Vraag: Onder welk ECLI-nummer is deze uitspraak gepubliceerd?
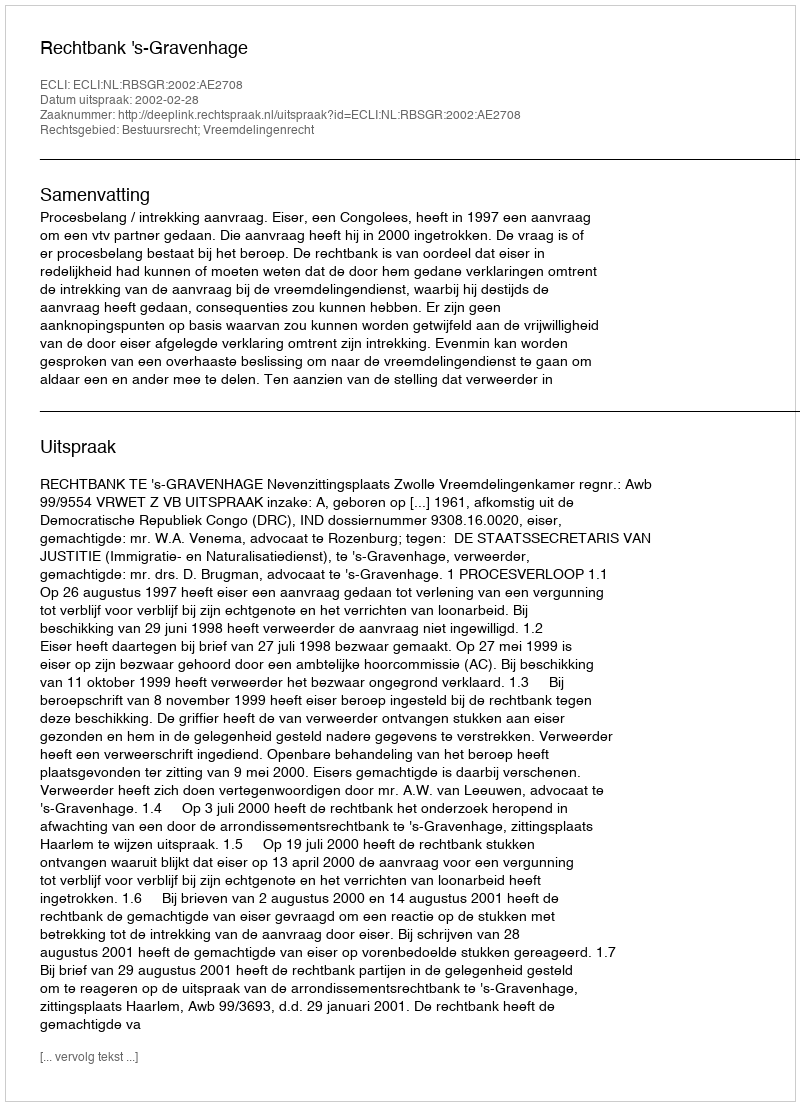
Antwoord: ECLI:NL:RBSGR:2002:AE2708